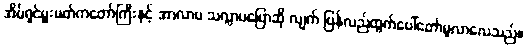
အိမ်ရှင်မှူးမတ်ကတော်ကြီးနှင့် အာလာပ သလ္လာပပြောဆို လျက် ပြန်လည်ထွက်ပေါ်တော်မူလာလေသည်။